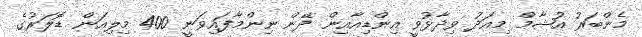
މެންބަރު އުޝާމް މިއަދު ވިދާޅުވީ އިންޑިއާއިން ދޭން ނިންމާފައިވަނީ 400 މިލިއަން ޑޮލަރުގެ